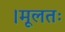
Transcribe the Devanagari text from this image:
।मूलतः